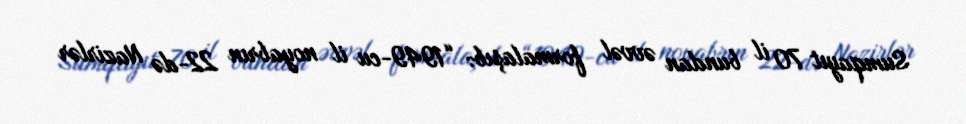
Sumqayıt 70 il bundan əvvəl formalaşıb: “1949-cu il noyabrın 22-də Nazirlər